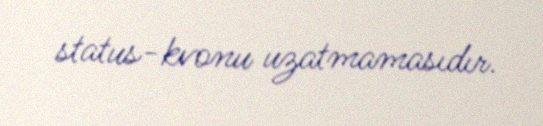
status-kvonu uzatmamasıdır.